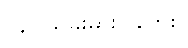
(၄) သူခိုးဓားပြဘေး။